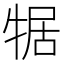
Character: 𮳼